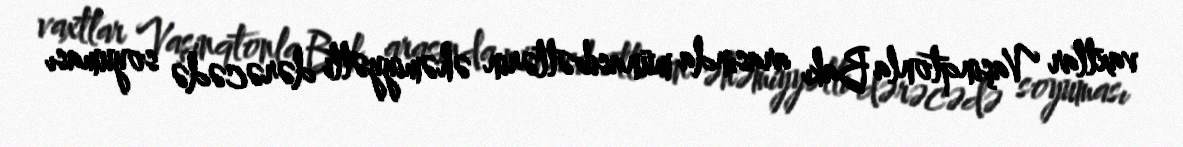
vaxtlar Vaşinqtonla Bakı arasında münasibətlərin əhəmiyyətli dərəcədə soyuması